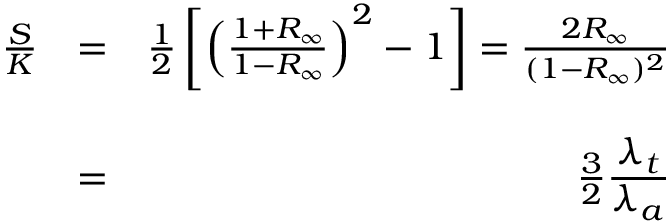
\begin{array} { r l r } { \frac { S } { K } } & { = } & { \frac { 1 } { 2 } \left[ \left( \frac { 1 + R _ { \infty } } { 1 - R _ { \infty } } \right) ^ { 2 } - 1 \right] = \frac { 2 R _ { \infty } } { ( 1 - R _ { \infty } ) ^ { 2 } } } \\ & { } & \\ & { = } & { \frac { 3 } { 2 } \frac { \displaystyle \lambda _ { t } } { \displaystyle \lambda _ { a } } } \end{array}